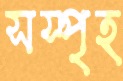
সস্পৃহ